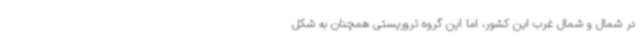
در شمال و شمال غرب این کشور، اما این گروه تروریستی همچنان به شکل